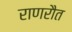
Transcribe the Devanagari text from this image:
राणरौत